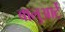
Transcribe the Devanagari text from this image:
बालुआर्टे